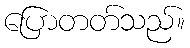
ပြောတတ်သည်။